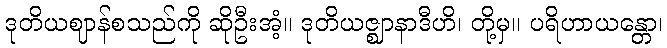
ဒုတိယဈာန်စသည်ကို ဆိုဦးအံ့။ ဒုတိယဇ္ဈာနာဒီဟိ၊ တို့မှ။ ပရိဟာယန္တော၊